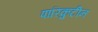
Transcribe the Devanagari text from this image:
पारिकुटीन